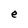
Character: e